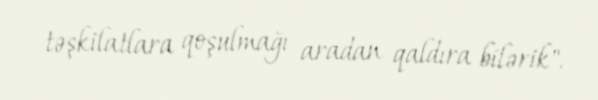
təşkilatlara qoşulmağı aradan qaldıra bilərik".